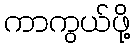
ကာကွယ်ဖို့